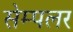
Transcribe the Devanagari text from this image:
सेम्पलर